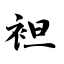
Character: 袒